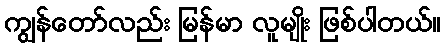
ကျွန်တော်လည်း မြန်မာ လူမျိုး ဖြစ်ပါတယ်။